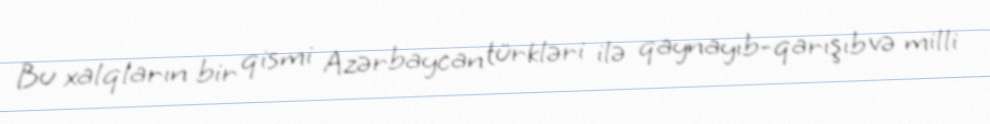
Bu xalqların bir qismi Azərbaycan türkləri ilə qaynayıb-qarışıb və milli